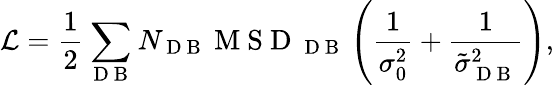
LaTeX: \mathcal{L}=\frac{1}{2}\sum_{\mathrm{~D~B~}}N_{\mathrm{~D~B~}}\mathrm{~M~S~D~}_{\mathrm{~D~B~}}\left(\frac{1}{\sigma_{0}^{2}}+\frac{1}{\tilde{\sigma}_{\mathrm{~D~B~}}^{2}}\right),